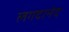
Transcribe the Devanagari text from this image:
लगदानंद